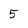
Character: 5